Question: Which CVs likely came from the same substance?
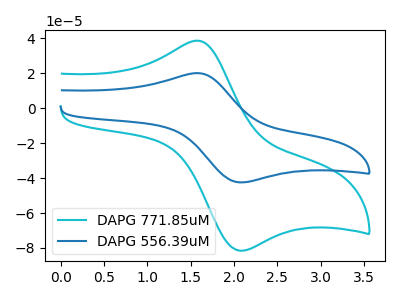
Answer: <think>The cyan curve "DAPG 771.85uM" has an anodic peak at (1.60V, 38.70uA) and a cathodic peak at (2.10V, -81.60uA). The blue curve "DAPG 556.39uM" has an anodic peak at (1.60V, 20.15uA) and a cathodic peak at (2.10V, -42.45uA).
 All the peaks in "DAPG 771.85uM" have a peak in "DAPG 556.39uM" at the same potential. Every peak in "DAPG 771.85uM" is higher than every peak in "DAPG 556.39uM".</think>
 <answer>"DAPG 771.85uM" and "DAPG 556.39uM" have the same shape and are likely CV's of the same chemical.</answer>
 <eval>"DAPG 771.85uM" "DAPG 556.39uM"</eval>